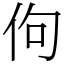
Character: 佝